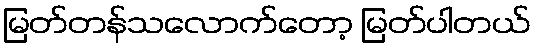
မြတ်တန်သလောက်တော့ မြတ်ပါတယ်